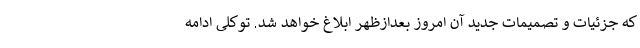
که جزئیات و تصمیمات جدید آن امروز بعدازظهر ابلاغ خواهد شد. توکلی ادامه